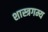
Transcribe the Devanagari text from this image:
शास्त्रगम्य